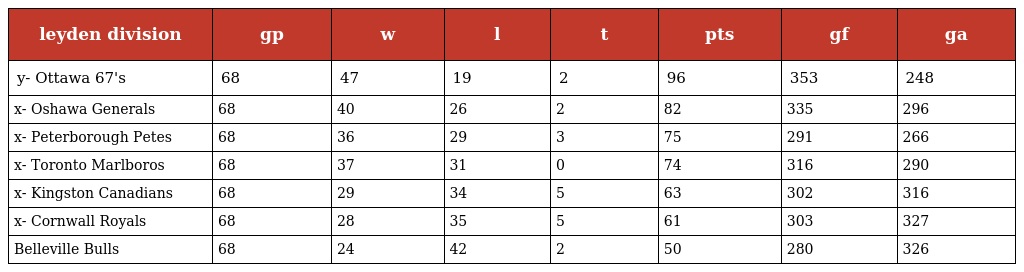
| leyden division | gp | w | l | t | pts | gf | ga |
 | --- | --- | --- | --- | --- | --- | --- | --- |
 | y- Ottawa 67's | 68 | 47 | 19 | 2 | 96 | 353 | 248 |
 | x- Oshawa Generals | 68 | 40 | 26 | 2 | 82 | 335 | 296 |
 | x- Peterborough Petes | 68 | 36 | 29 | 3 | 75 | 291 | 266 |
 | x- Toronto Marlboros | 68 | 37 | 31 | 0 | 74 | 316 | 290 |
 | x- Kingston Canadians | 68 | 29 | 34 | 5 | 63 | 302 | 316 |
 | x- Cornwall Royals | 68 | 28 | 35 | 5 | 61 | 303 | 327 |
 | Belleville Bulls | 68 | 24 | 42 | 2 | 50 | 280 | 326 |